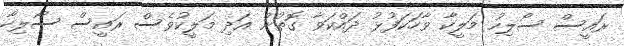
ރައީސް ސޯލިހު މަލީކާ ވާހަކަފުޅު ދައްކަވާ ގޮތުން އަދި މަލީކުވެސް ރައީސް ސޯލިހާ